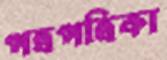
পত্রপত্রিকা